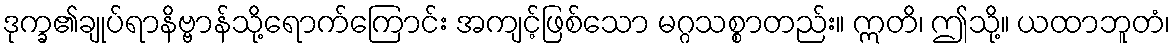
ဒုက္ခ၏ချုပ်ရာနိဗ္ဗာန်သို့ရောက်ကြောင်း အကျင့်ဖြစ်သော မဂ္ဂသစ္စာတည်း။ ဣတိ၊ ဤသို့။ ယထာဘူတံ၊